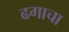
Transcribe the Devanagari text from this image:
ढगाचा